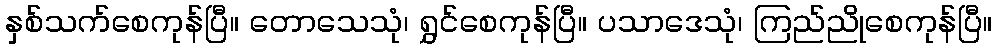
နှစ်သက်စေကုန်ပြီ။ တောသေသုံ၊ ရွှင်စေကုန်ပြီ။ ပသာဒေသုံ၊ ကြည်ညိုစေကုန်ပြီ။